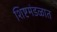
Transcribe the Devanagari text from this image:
शिष्टमंडळात